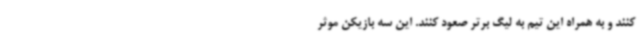
کنند و به همراه این تیم به لیگ برتر صعود کنند. این سه بازیکن موثر